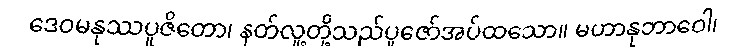
ဒေဝမနုဿပူဇိတော၊ နတ်လူ့တို့သည်ပူဇော်အပ်ထသော။ မဟာနုဘာဝေါ၊